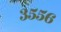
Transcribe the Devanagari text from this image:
३५५६